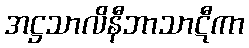
အဋ္ဌသာလိနီဘာသာဋီကာ